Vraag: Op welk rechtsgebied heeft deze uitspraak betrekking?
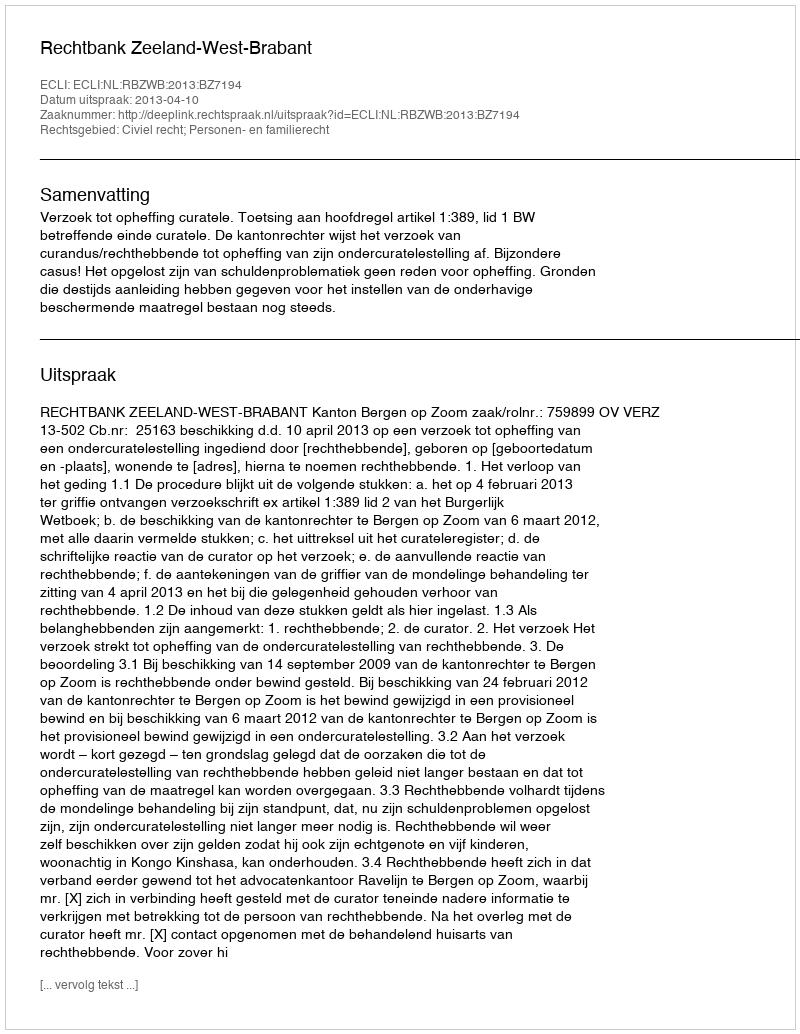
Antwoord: Civiel recht; Personen- en familierecht